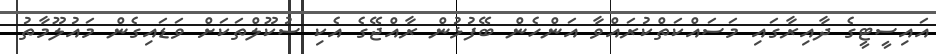
އައިސީޓީގެ ދާއިރާގައި މަސައްކަތްކުރައްވާ އަންހެން ބޭފުޅުން ރާއްޖޭގެ އެކި ސުކޫލްތަކަށް ވަޑައިގެން މައުލޫމާތު